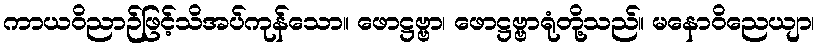
ကာယဝိညာဉ်ဖြင့်သိအပ်ကုန်သော။ ဖောဋ္ဌဗ္ဗာ၊ ဖောဋ္ဌဗ္ဗာရုံတို့သည်။ မနောဝိညေယျာ၊